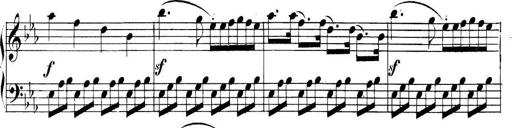
Title: Collected Piano Sonatas
Composer: Muzio Clementi